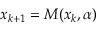
x _ { k + 1 } = M ( x _ { k } , \alpha )